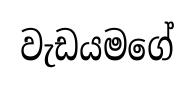
වැඩයමගේ